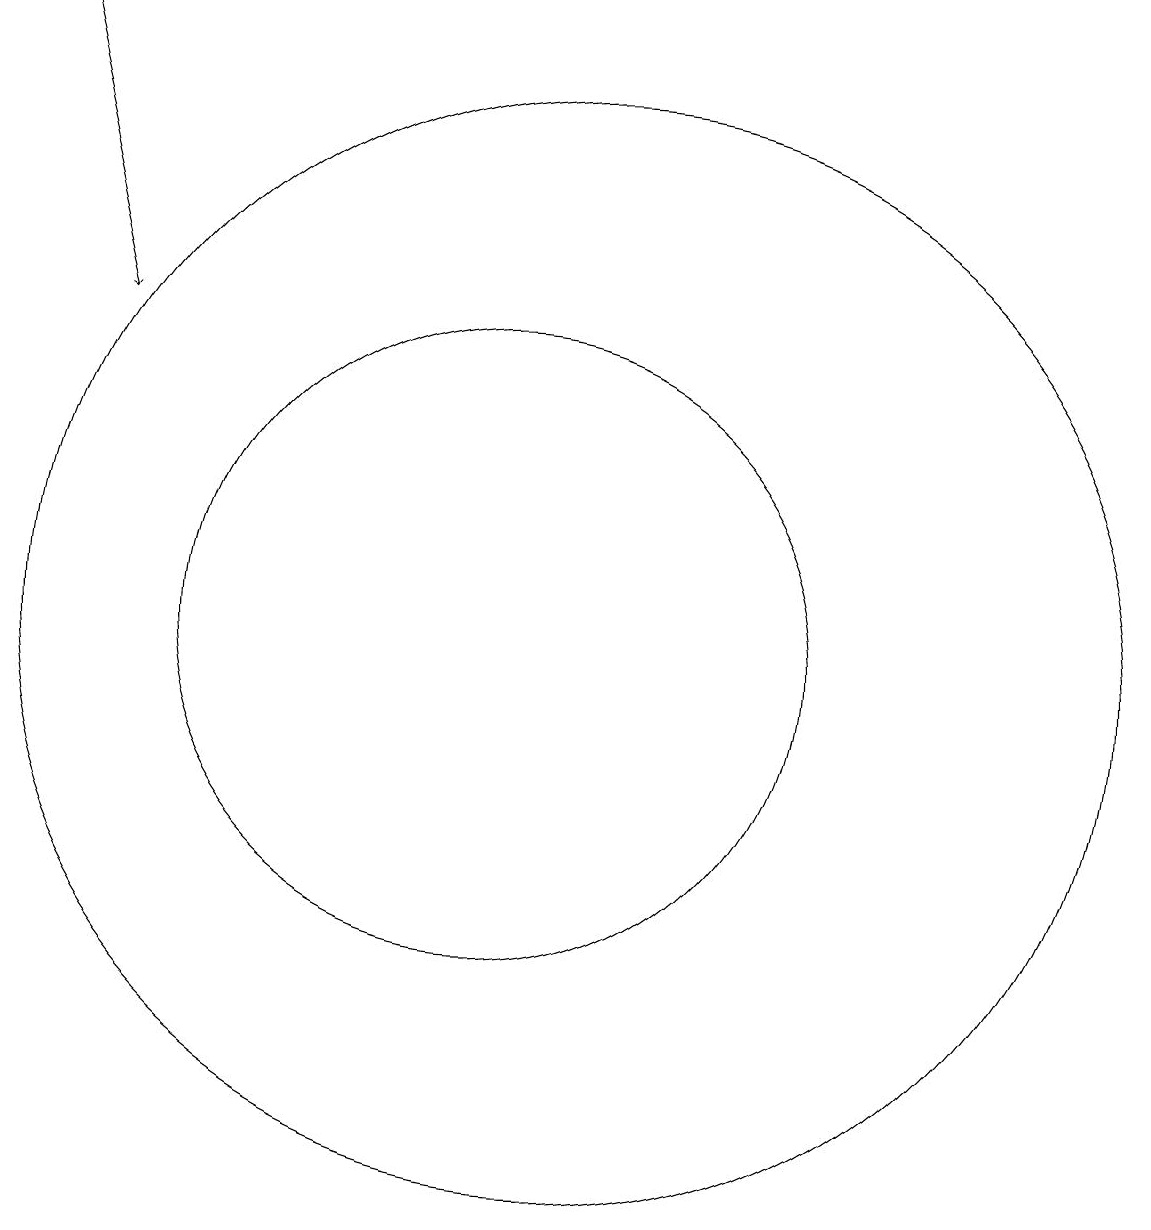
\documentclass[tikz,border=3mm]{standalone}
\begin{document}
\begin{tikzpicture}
\draw[->] (4,18) -- (5,14);
\draw (10,10) circle (4);
\draw (11,10) circle (7);
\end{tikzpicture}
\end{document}